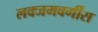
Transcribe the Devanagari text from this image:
लक्जमबर्गीस